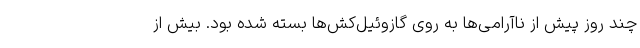
چند روز پیش از ناآرامی‌ها به روی گازوئیل‌کش‌ها بسته شده بود. بیش از